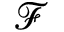
\mathcal { F }